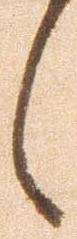
候